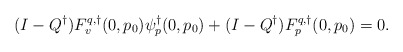
\begin{align*}(I-Q^\dagger)F^{q,\dagger}_v(0,p_0)\psi^\dagger_p(0,p_0) + (I-Q^\dagger)F^{q,\dagger}_p(0,p_0) = 0.\end{align*}